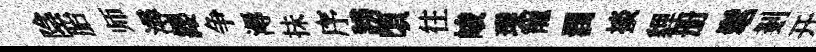
陰胎师潯纓争溽抺序謗頃往峻璞寵潤掞貍册髦剗开